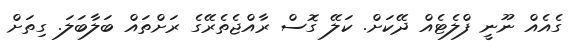
ގެއެއް ނޫނީ ފްލެޓެއް ދޭކަށް. ކަލޭ ގޮސް ރާއްޖެތެރޭގެ ރަށްތައް ބަލާބަލަ. ގިތަށް